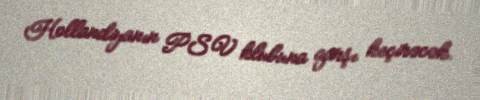
Hollandiyanın PSV klubuna qarşı keçirəcək.